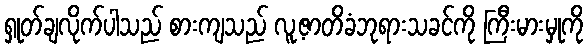
ရှုတ်ချလိုက်ပါသည် စားကျသည် လူ့ဇာတိခံဘုရားသခင်ကို ကြီးမားမှုကို